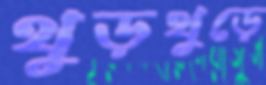
থুড়থুড়ে